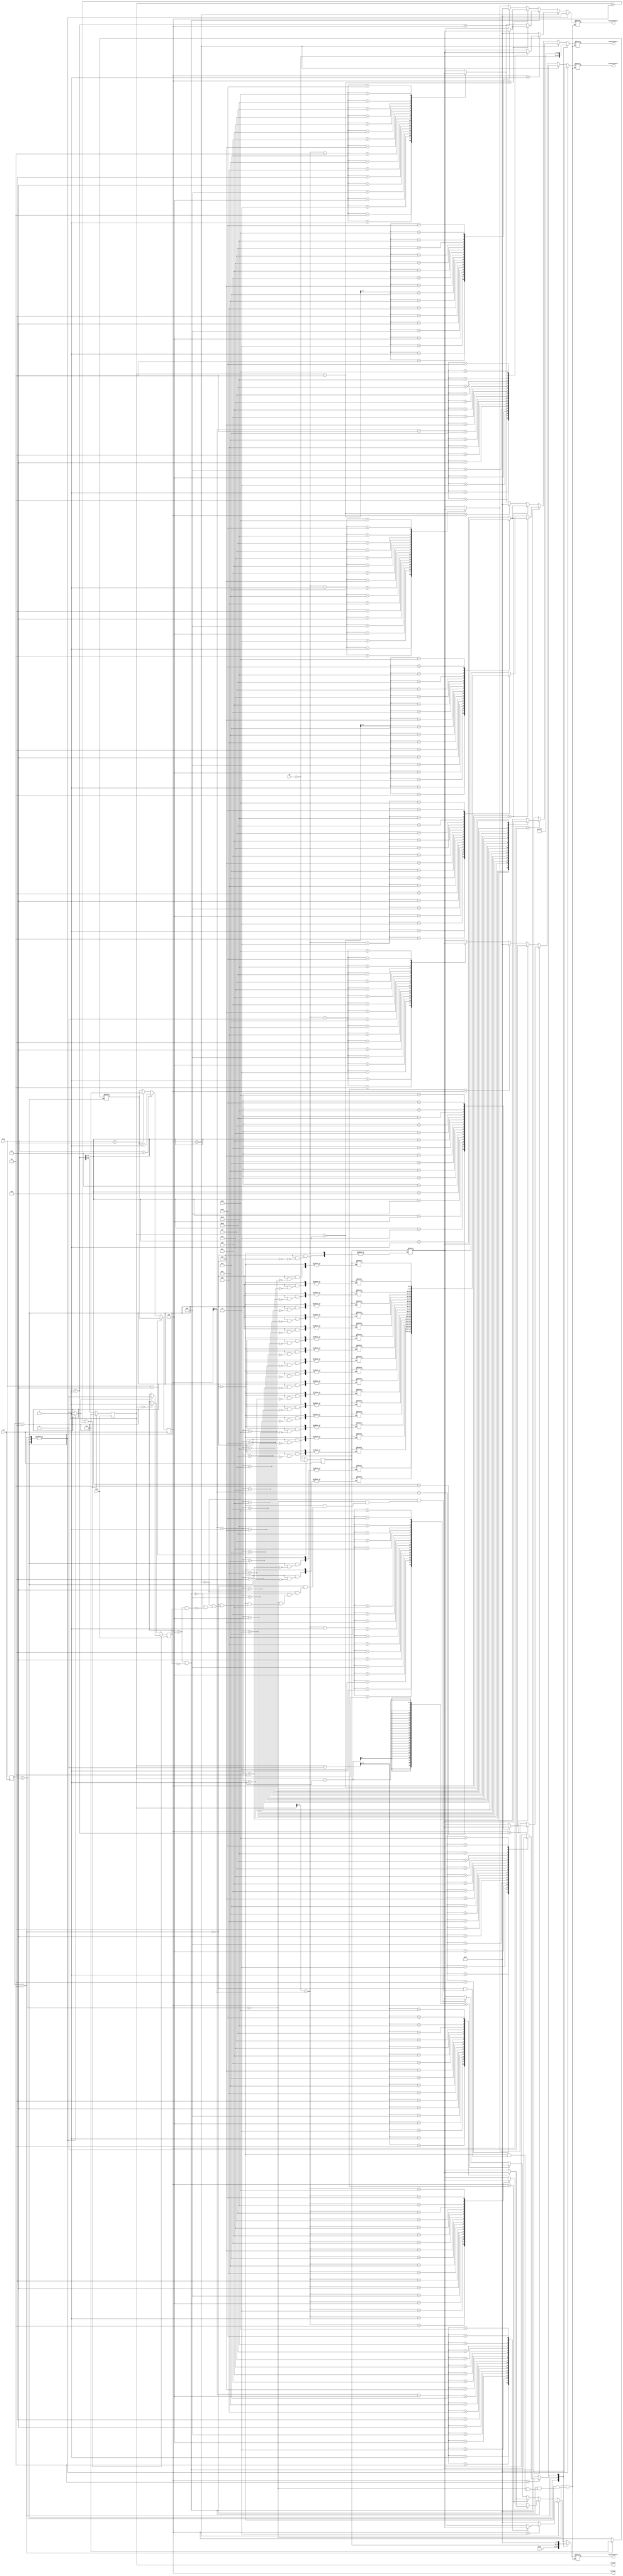
`timescale 1ns / 1ps
//////////////////////////////////////////////////////////////////////////////////
// Company: 
// Engineer: 
// 
// Design Name: 
// Module Name: lab6_fsm
// Project Name: 
// Target Devices: 
// Tool Versions: 
// Description: 
// 
// Dependencies: 
// 
// Revision:
// Revision 0.01 - File Created
// Additional Comments:
// 
//////////////////////////////////////////////////////////////////////////////////


module lab6_fsm(
    input clk,
    input clk2,
    input [2:0] stsw,
    input [7:0] sw, 
    output reg [7:0] displaychar1,
    output reg [7:0] displaychar2,
    output reg [7:0] displaychar3,
    output reg [7:0] displaychar4,
    output reg [5:0] counter,
    output reg [5:0] curchar
    );
    
parameter limit = 20; // limit of characters
    
reg [2:0] state, nextstate;
reg [7:0] char [0:19]; // 20 characters
reg [7:0] modchar; // placeholder character to change
reg [5:0] prevchar = 0; // previous number of characters
reg rstcounter = 0; // reset the counter
reg secondpass = 0; // to get the zero part

initial begin
    curchar <= 0;
    counter <= 0;
end

always @(posedge clk) begin
    state <= nextstate;
    if(stsw == 3'b110) begin
        modchar <= ~sw;
        curchar <= prevchar;
    end else if(stsw == 3'b111) begin
        curchar <= prevchar + 1;
    end else if(stsw == 3'b010) begin
        curchar <= 0;
    end else
        curchar <= prevchar;
end

always @(posedge clk2) begin
    if(counter >= curchar || rstcounter) begin
        counter <= 0;
        if(rstcounter)
            secondpass <= 0;
    end else begin
        counter <= counter + 1;
        if(counter == 0)
            secondpass <= 1;
    end
end

always @(*) begin
  case(state)
    3'b110: begin // edit character
        displaychar1 = ~sw;
        displaychar2 = ~'b0;
        displaychar3 = ~'b0;
        displaychar4 = 'b1000_1111; // L

        prevchar = curchar;
        rstcounter = 1; // rstcounter on
        nextstate = stsw;
    end
    3'b111: begin // disp last character
        displaychar1 = 'b0100_0111; // o
        displaychar2 = ~'b0;
        displaychar3 = ~'b0;
        displaychar4 = modchar;
        
        prevchar = prevchar;
        char[curchar - 1] = modchar;
        rstcounter = 1; // rstcounter on
        nextstate = stsw;
    end
    3'b010: begin // reset state
        displaychar1 = ~'b0;
        displaychar2 = ~'b0;
        displaychar3 = ~'b0;
        displaychar4 = ~'b0;
        
        prevchar = 0;
        rstcounter = 1; // rstcounter on
        nextstate = stsw;
    end
    default: begin // diplay moving characters        
        if(curchar < 5) begin
            displaychar1 = (curchar > 0)? char[curchar - 1] : ~'b0;
            displaychar2 = (curchar > 1)? char[curchar - 2] : ~'b0;
            displaychar3 = (curchar > 2)? char[curchar - 3] : ~'b0;
            displaychar4 = (curchar > 3)? char[curchar - 4] : ~'b0;
        end else if(curchar > 4 && !secondpass) begin // first pass
            // will need to rotate characters here
            displaychar1 = (curchar > counter + 3)? char[counter + 3] : char[counter - curchar + 3];
            displaychar2 = (curchar > counter + 2)? char[counter + 2] : char[counter - curchar + 2];
            displaychar3 = (curchar > counter + 1)? char[counter + 1] : char[counter - curchar + 1];
            displaychar4 = (curchar > counter + 0)? char[counter + 0] : char[counter - curchar /* 0 */];
        end else if(curchar > 4 && secondpass) begin // second pass 
            // will need to rotate characters here
            displaychar1 = (curchar > counter + 3)? char[counter + 3] : (counter + 2 < curchar)? ~'b0 : char[counter - curchar + 2];
            displaychar2 = (curchar > counter + 2)? char[counter + 2] : (counter + 1 < curchar)? ~'b0 : char[counter - curchar + 1];
            displaychar3 = (curchar > counter + 1)? char[counter + 1] : (counter + 0 < curchar)? ~'b0 : char[counter - curchar + 0];
            displaychar4 = (curchar > counter + 0)? char[counter + 0] : (counter - 1 < curchar)? ~'b0 : char[counter - curchar - 1];
        end
       
        prevchar = curchar;
        nextstate = stsw;
        rstcounter = 0; // rst counter off
    end
  endcase
end
   
endmodule